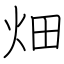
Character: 畑